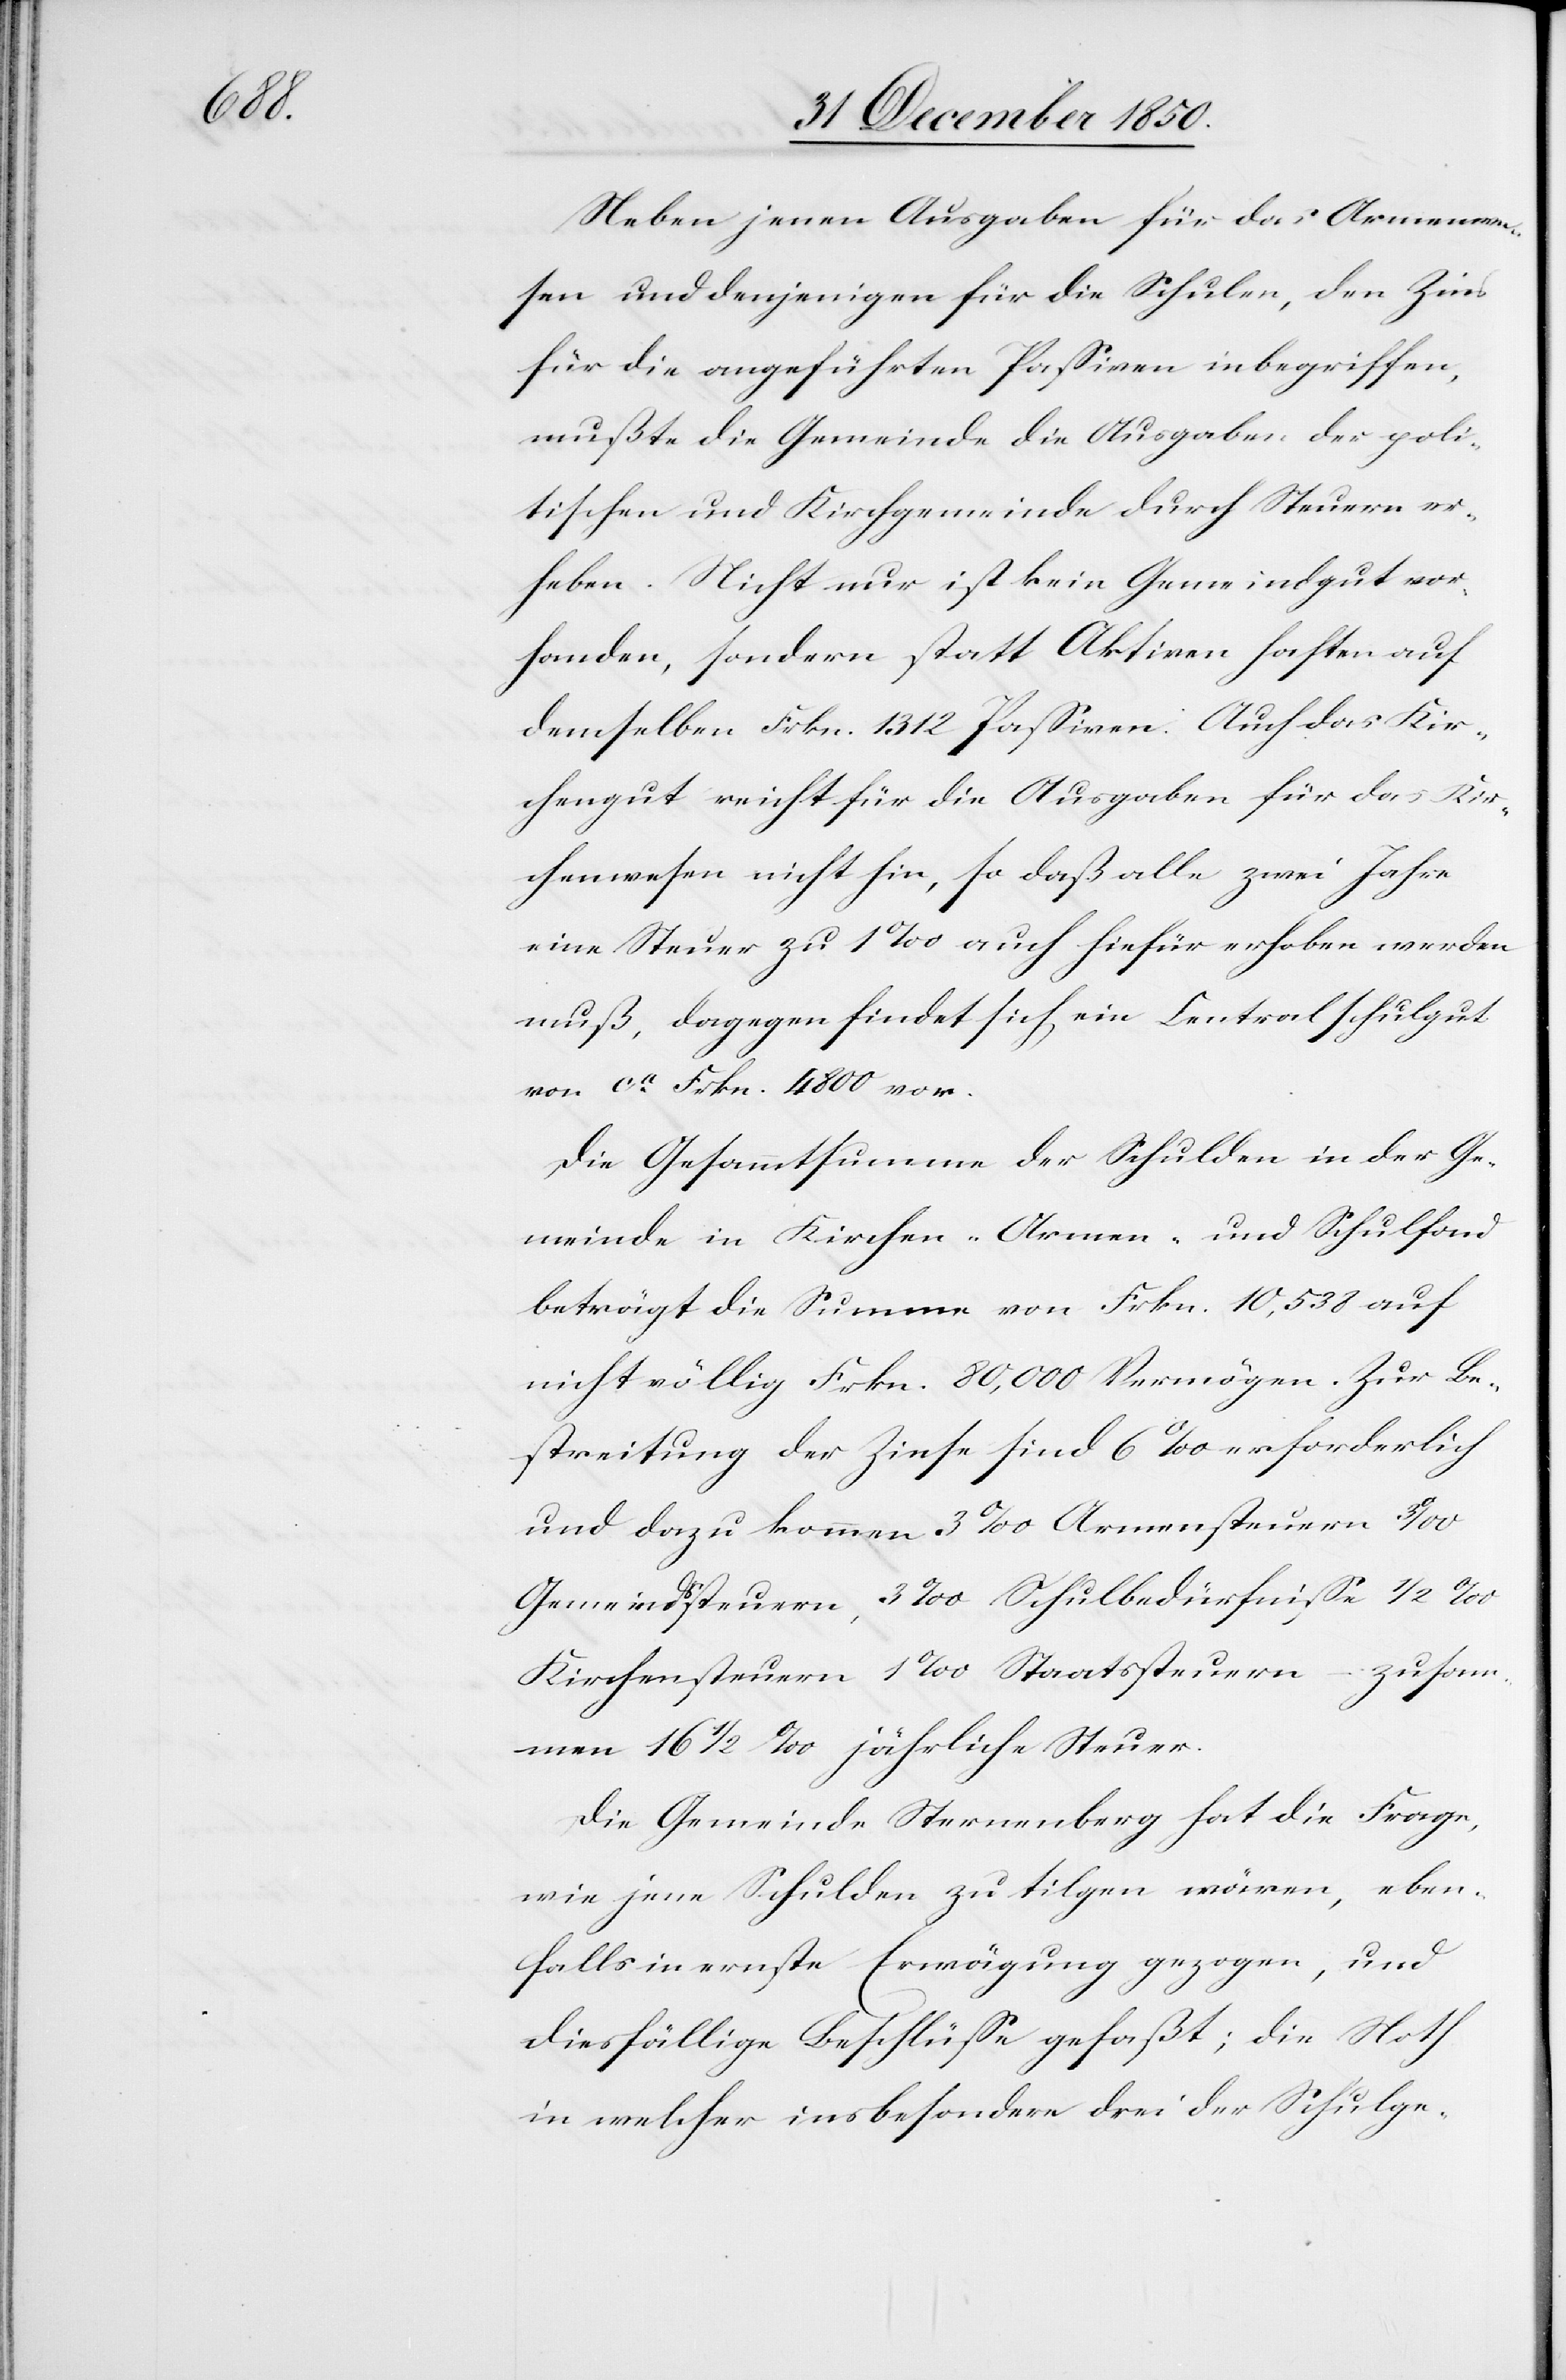
Neben jenen Ausgaben für das Armenwe¬
sen und denjenigen für die Schulen, den Zins
für die angeführten Passiven inbegriffen,
mußte die Gemeinde die Ausgaben der poli¬
tischen und Kirchgemeinde durch Steuern er¬
heben. Nicht nur ist kein Gemeindgut vor¬
handen, sondern statt Aktiven haften auf
demselben Frkn. 1312 Passiven. Auch das Kir¬
chengut reicht für die Ausgaben für das Kir¬
chenwesen nicht hin, so daß alle zwei Jahre
eine Steuer zu 1 ‰ auch hiefür erhoben werden
muß, dagegen findet sich ein Centralschulgut
von ca Frkn. 4800 vor.
Die Gesammtsumme der Schulden in der Ge¬
meinde in Kirchen-[,] Armen- und Schulfond
beträgt die Summe von Frkn. 10,538 auf
nicht völlig Frkn. 80,000 Vermögen. Zur Be¬
streitung der Zinse sind 6 ‰ erforderlich
und dazu kommen 3 ‰ Armensteuern[,] 3
Gemeindssteuern, 3 ‰ Schulbedürfnisse[,] 1/2 ‰
Kirchensteuern[,] 1 ‰ Staatssteuern – zusam¬
men 16 1/2 ‰ jährliche Steuer.
Die Gemeinde Sternenberg hat die Frage,
wie jene Schulden zu tilgen wären, eben¬
falls in ernste Erwägung gezogen, und
diesfällige Beschlüsse gefaßt; die Noth
in welcher insbesondere drei der Schulge-